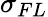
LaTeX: \sigma_{FL}